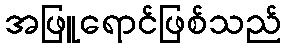
အဖြူရောင်ဖြစ်သည်